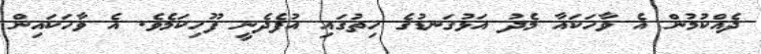
ދެއްކުމުން އެ ވާހަކައާ މެދު އަޅުގަނޑުގެ ހިތުގައި އުފެދެނީ ފޫހިކަމެވެ. އެ ވާހަކައިން